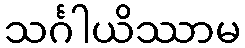
သင်္ဂါယိဿာမ